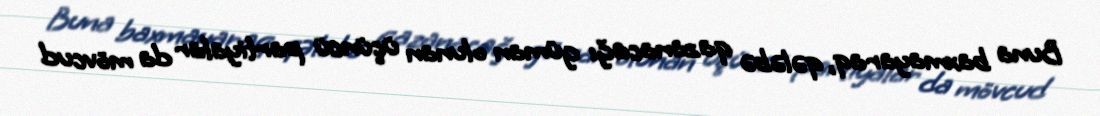
Buna baxmayaraq, qələbə qazanacağı güman olunan üçüncü partiyalar da mövcud